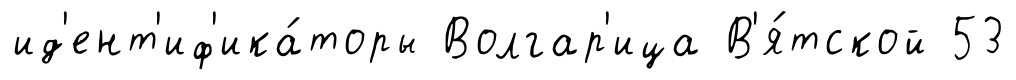
ид'ент'иф'ика́торы Волгар'ица В'я́тской 53